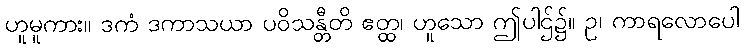
ဟူမူကား။ ဒကံ ဒကာသယာ ပဝိသန္တီတိ ဧတ္ထ၊ ဟူသော ဤပါဌ်၌။ ဥ၊ ကာရလောပေါ